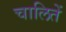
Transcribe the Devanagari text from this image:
चालितें